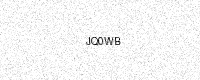
Text: JQ0WB